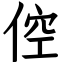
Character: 倥